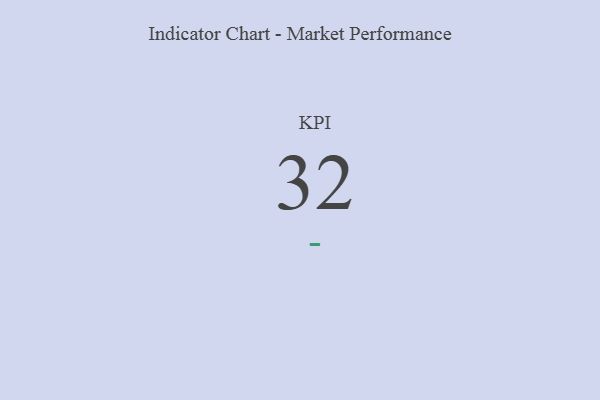
{"axis": {"x": "KPI", "y": "Value"}, "legend": [""], "data": [{"x": "KPI", "y": 32, "type": ""}]}